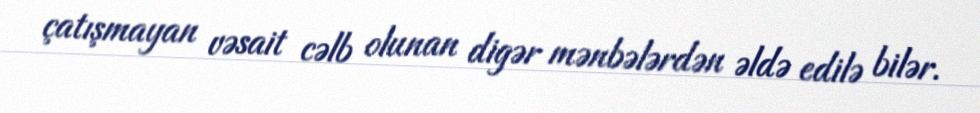
çatışmayan vəsait cəlb olunan digər mənbələrdən əldə edilə bilər.